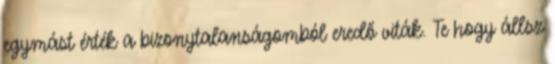
egymást érték a bizonytalanságomból eredő viták. Te hogy állsz